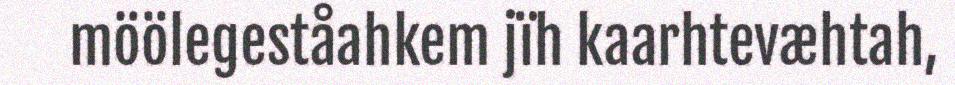
möölegeståahkem jïh kaarhtevæhtah,